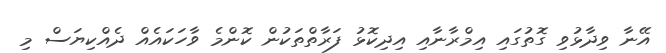
އޭނާ ވިދާޅުވި ގޮތުގައި އިމްރާނާއި އިދިކޮޅު ފަރާތްތަކުން ކޮންމެ ވާހަކައެއް ދެއްކިޔަސް މި